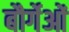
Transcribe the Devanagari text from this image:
बौर्गेओं